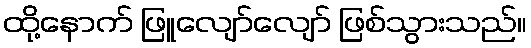
ထို့နောက် ဖြူလျော်လျော် ဖြစ်သွားသည်။